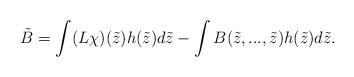
LaTeX: \begin{align*}\tilde B=\int (L\chi)(\tilde z) h(\tilde z) d\tilde z-\int B(\tilde z,...,\tilde z) h(\tilde z)d\tilde z.\end{align*}